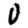
Digit: 0